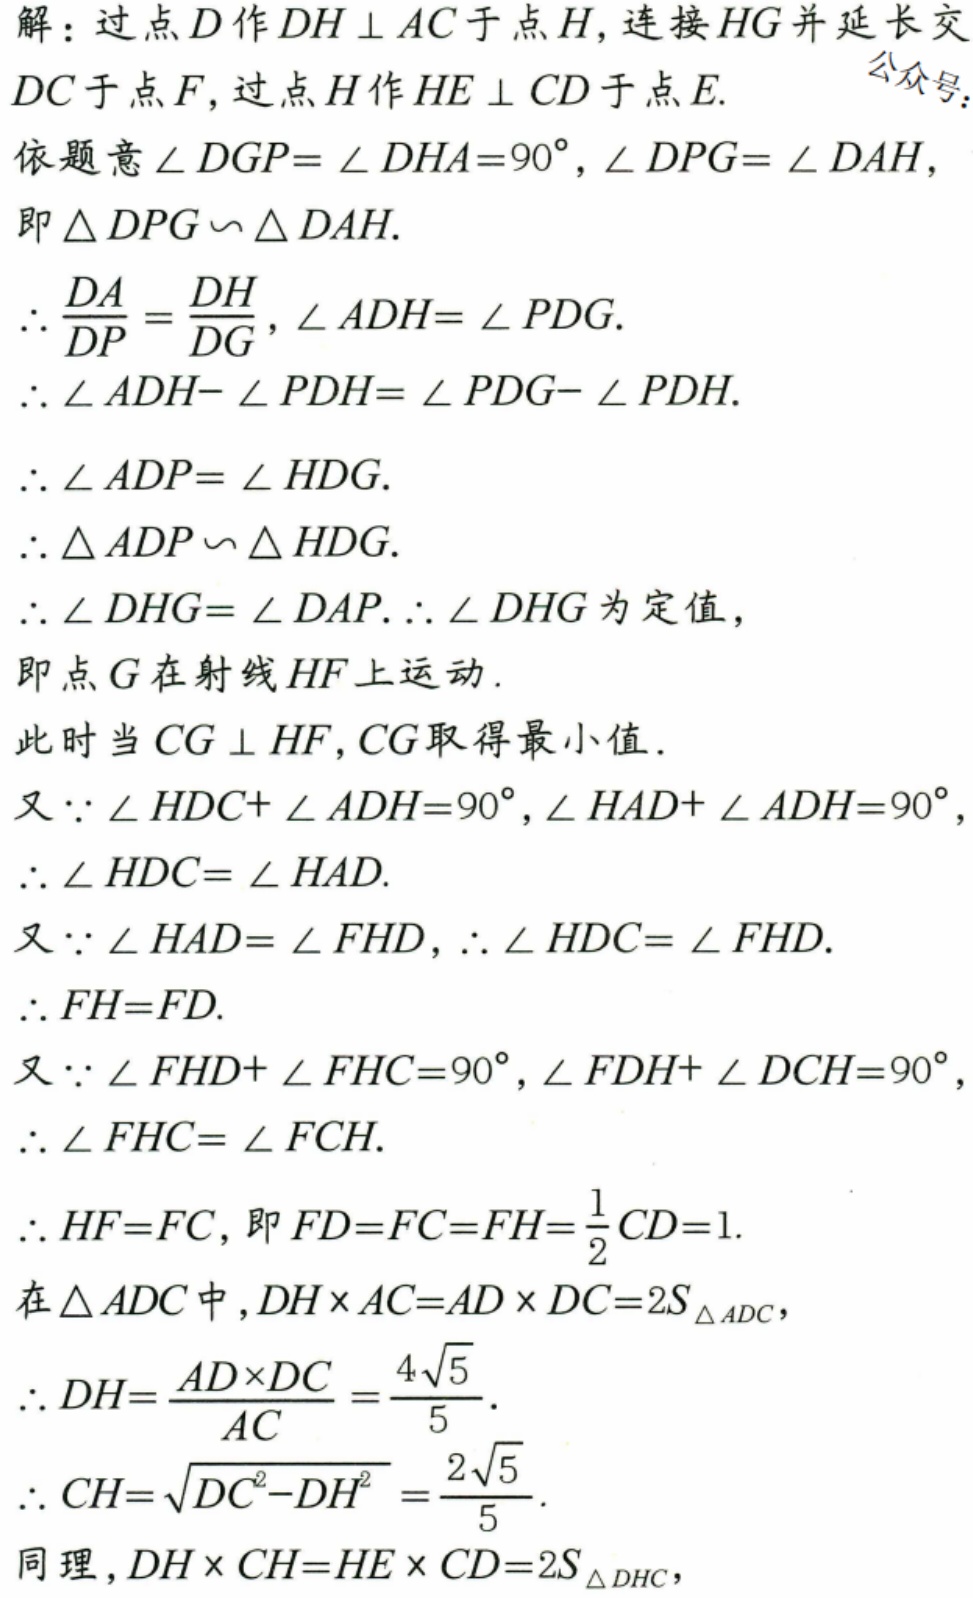
解：过点\(D\)作\(DH\perp AC\)于点\(H\)，连接\(HG\)并延长交
\(DC\)于点\(F\)，过点\(H\)作\(HE\perp CD\)于点\(E\).
依题意\(\angle DGP = \angle DHA = 90^{\circ},\angle DPG=\angle DAH\)，
即\(\triangle DPG\sim\triangle DAH\).
\(\therefore \dfrac{DA}{DP}=\dfrac{DH}{DG},\angle ADH = \angle PDG\).
\(\therefore \angle ADH - \angle PDH=\angle PDG-\angle PDH\).
\(\therefore \angle ADP=\angle HDG\).
\(\therefore \triangle ADP\sim\triangle HDG\).
\(\therefore \angle DHG=\angle DAP.\therefore \angle DHG\)为定值，
即点\(G\)在射线\(HF\)上运动.
此时当\(CG\perp HF\)，\(CG\)取得最小值.
又\(\because \angle HDC+\angle ADH = 90^{\circ},\angle HAD+\angle ADH = 90^{\circ}\)，
\(\therefore \angle HDC=\angle HAD\).
又\(\because \angle HAD=\angle FHD,\therefore \angle HDC=\angle FHD\).
\(\therefore FH = FD\).
又\(\because \angle FHD+\angle FHC = 90^{\circ},\angle FDH+\angle DCH = 90^{\circ}\)，
\(\therefore \angle FHC=\angle FCH\).
\(\therefore HF = FC\)，即\(FD = FC=FH=\dfrac{1}{2}CD = 1\).
在\(\triangle ADC\)中，\(DH\times AC=AD\times DC = 2S_{\triangle ADC}\)，
\(\therefore DH=\dfrac{AD\times DC}{AC}=\dfrac{4\sqrt{5}}{5}\).
\(\therefore CH=\sqrt{DC^{2}-DH^{2}}=\dfrac{2\sqrt{5}}{5}\).
同理，\(DH\times CH=HE\times CD = 2S_{\triangle DHC}\)，